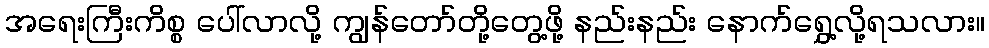
အရေးကြီးကိစ္စ ပေါ်လာလို့ ကျွန်တော်တို့တွေ့ဖို့ နည်းနည်း နောက်ရွှေ့လို့ရသလား။